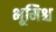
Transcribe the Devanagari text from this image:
भूमिश्च